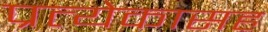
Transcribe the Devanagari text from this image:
प्रत्येकासह